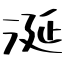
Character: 涎